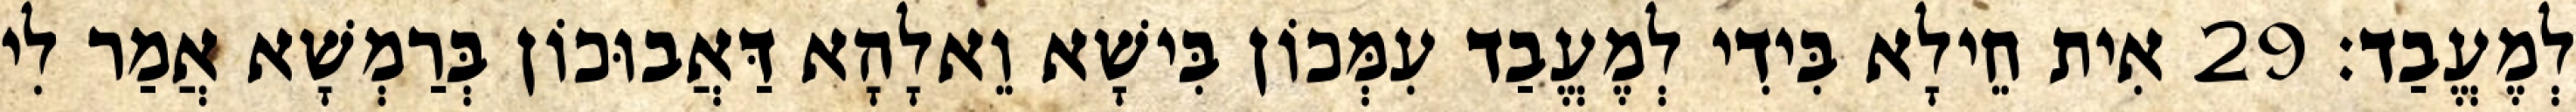
לְמֶעֱבַד׃ 29 אִית חֵילָא בִּידִי לְמֶעֱבַד עִמְּכוֹן בִּישָׁא וֵאלָהָא דַּאֲבוּכוֹן בְּרַמְשָׁא אֲמַר לִי